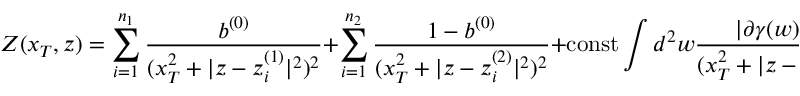
Z ( x _ { T } , z ) = \sum _ { i = 1 } ^ { n _ { 1 } } { \frac { b ^ { ( 0 ) } } { ( x _ { T } ^ { 2 } + | z - z _ { i } ^ { ( 1 ) } | ^ { 2 } ) ^ { 2 } } } + \sum _ { i = 1 } ^ { n _ { 2 } } { \frac { 1 - b ^ { ( 0 ) } } { ( x _ { T } ^ { 2 } + | z - z _ { i } ^ { ( 2 ) } | ^ { 2 } ) ^ { 2 } } } + \mathrm { c o n s t } \int d ^ { 2 } w { \frac { | \partial \gamma ( w ) | ^ { 2 } } { ( x _ { T } ^ { 2 } + | z - w | ^ { 2 } ) ^ { 2 } } } .